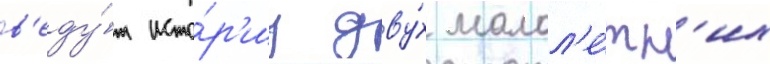
в'еду́т исто́р'иу дву́х малол'е́тн'их